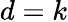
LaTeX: d=k